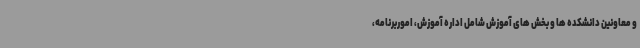
و معاونین دانشکده ها و بخش های آموزش شامل اداره آموزش، اموربرنامه،